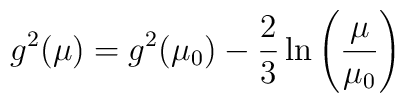
g^2 (\mu) = g^2 (\mu _0) - {2 \over 3} \ln \left( {\mu \over \mu_0}\right)